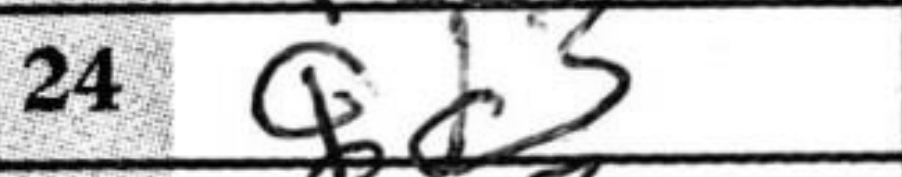
Transcription: Qd3